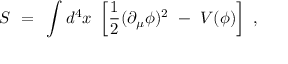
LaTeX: S ~ = ~ \int d ^ { 4 } x ~ \left[ \frac 1 2 ( \partial _ { \mu } \phi ) ^ { 2 } ~ - ~ V ( \phi ) \right] ~ ,